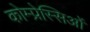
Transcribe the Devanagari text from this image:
कोम्प्रेस्सिओं